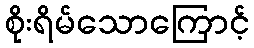
စိုးရိမ်သောကြောင့်